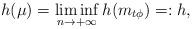
LaTeX: \begin{align*} h(\mu)=\liminf_{n\to+\infty}h(m_{t\phi})=:h,\end{align*}